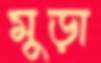
মুড়া